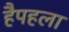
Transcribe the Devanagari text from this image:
हैपहला